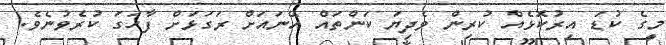
މީގެ ކުޑަ އިރުކޮޅެއް ކުރިން ވެދިޔަ ކަންތައް އޭނައަށް ރަގަޅަށް ފާހަގަ ކުރެވުނެވެ.